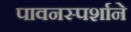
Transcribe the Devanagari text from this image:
पावनस्पर्शाने